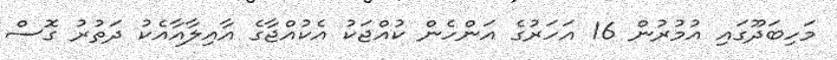
މަހިބަދޫގައި އުމުރުން 16 އަހަރުގެ އަންހެން ކުއްޖަކު އެކުއްޖާގެ އާއިލާއާއެކު ދަތުރު ގޮސް